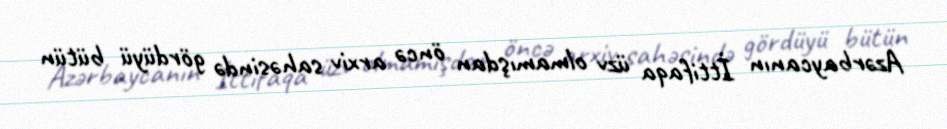
Azərbaycanın İttifaqa üzv olmamışdan öncə arxiv sahəsində gördüyü bütün